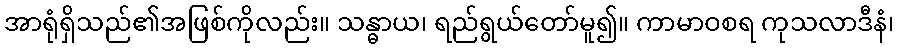
အာရုံရှိသည်၏အဖြစ်ကိုလည်း။ သန္ဓာယ၊ ရည်ရွယ်တော်မူ၍။ ကာမာဝစရ ကုသလာဒီနံ၊